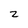
Character: z